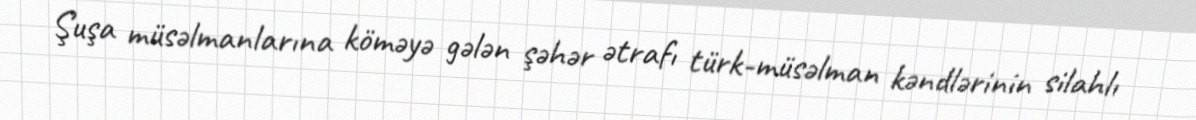
Şuşa müsəlmanlarına köməyə gələn şəhər ətrafı türk-müsəlman kəndlərinin silahlı